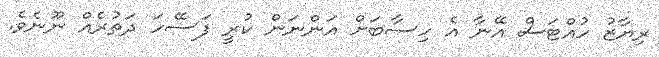
ރިޔާޒު ހުއްޓަސް އޭނާ އެ ހިސާބަށް އަންނަން ކުރީ ފަސޭހަ ދަތުރެއް ނޫނެވެ.